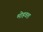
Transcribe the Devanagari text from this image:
मोहवश